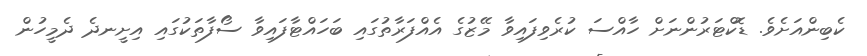
ކެބިންއަށެވެ. ޑޮކްޓަރުންނަށް ހާއްސަ ކުރެވިފައިވާ މޭޒުގެ އެއްފަރާތުގައި ބަހައްޓާފައިވާ ސޯފާތަކުގައި އިށީނދެ ދެމީހުން